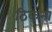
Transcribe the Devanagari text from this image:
ठिकना